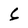
Character: 6